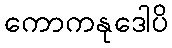
ကောကနုဒေါပိ